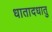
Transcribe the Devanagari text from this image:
धातादधातु